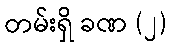
တမ်းရှိ ခဏ (၂)